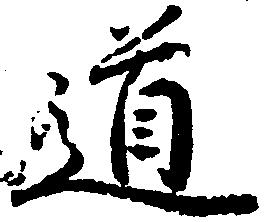
道